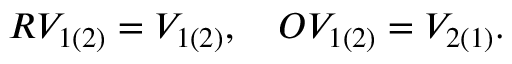
\begin{array} { r } { { \cal { R } } V _ { 1 ( 2 ) } = V _ { 1 ( 2 ) } , \ \ \ { \cal { O } } V _ { 1 ( 2 ) } = V _ { 2 ( 1 ) } . } \end{array}